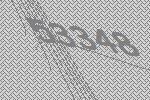
53348